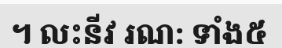
។ លះនីវ រណ: ទាំង៥